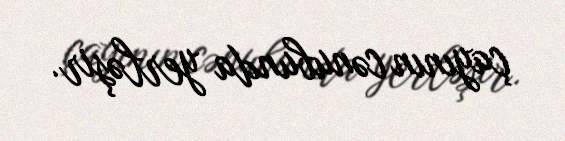
çayının cənubunda yerləşir.